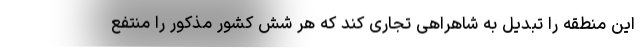
این منطقه را تبدیل به شاهراهی تجاری کند که هر شش کشور مذکور را منتفع